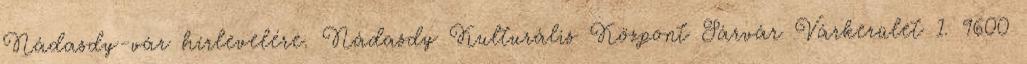
Nádasdy-vár hírlevelére. Nádasdy Kulturális Központ Sárvár Várkerület 1. 9600